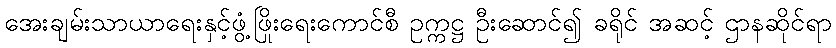
အေးချမ်းသာယာရေးနှင့်ဖွံ့ဖြိုးရေးကောင်စီ ဥက္ကဋ္ဌ ဦးဆောင်၍ ခရိုင် အဆင့် ဌာနဆိုင်ရာ